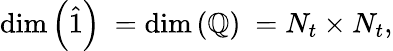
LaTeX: {\mathrm{dim}\left(\hat{1}\right)\ }={\mathrm{dim}\left(\mathbb{Q}\right)\ }=N_{t}\times N_{t},